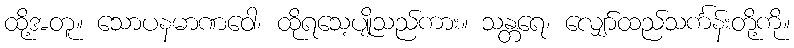
ထို့အတူ။ သောပနမာဏဝေါ၊ ထိုရသေ့ပျိုသည်ကား။ သန္တရေ၊ လျှော်ထည်သင်္ကန်းတို့ကို။